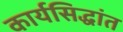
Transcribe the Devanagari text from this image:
कार्यसिद्धांत